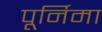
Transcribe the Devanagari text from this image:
पूर्निमा